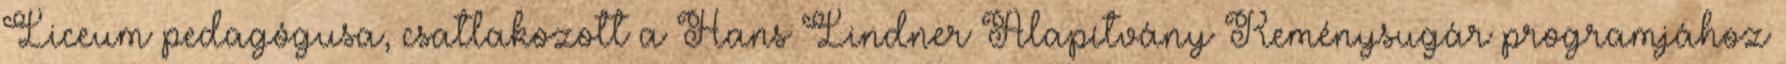
Liceum pedagógusa, csatlakozott a Hans Lindner Alapítvány Reménysugár programjához